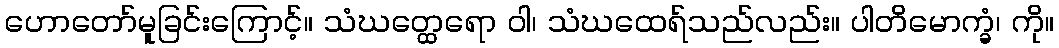
ဟောတော်မူခြင်းကြောင့်။ သံဃတ္ထေရော ဝါ၊ သံဃထေရ်သည်လည်း။ ပါတိမောက္ခံ၊ ကို။